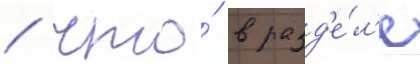
/ что́ в разд'е́л'е